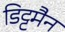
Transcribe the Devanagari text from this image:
डिट्टमैन